Bombay plague: being a history of the progress of plague in the Bombay presidency from September 1896 to June 1899
Year: 1896
Disease focus: Plague
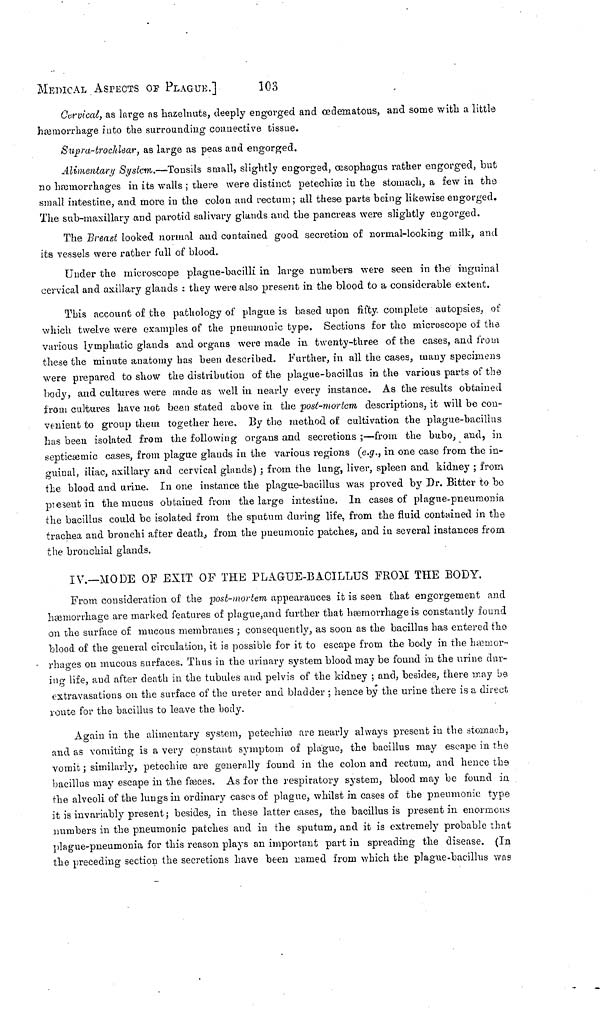
MEDICAL ASPECTS OF PLAGUE.]
103
Curvícal, as large as hazelnuts, deeply engorged and œdematous, and some with a little
hæmorrhage into the surrounding connective tissue.
Supra-trochlear, as large as peas and engorged.
Alimentary System.—Tonsils small, slightly engorged, œsophagus rather engorged, but
no hæmorrhages in its Avails ; there were distinct petechise in the stomach, a few in the
small intestine, and more in the colon and rectum; all these parts being likewise engorged.
The sub-maxillary and parotid salivary glands and the pancreas were slightly engorged.
The Breast looked normal and contained good secretion of normal-looking milk, and
its vessels were rather full of blood.
Under the microscope plague-bacilli in large numbers were seen in the inguinal
cervical and axillary glands : they were also present in the blood to a considerable extent.
This account of the pathology of plague is based upon fifty, complete autopsies, of
which twelve were examples of the pneumonic type. Sections for the microscope oí the
various lymphatic glands and organs were made in twenty-three of the cases, and from
these the minute anatomy has been described. Further, in all the cases, many specimens
were prepared to show the distribution of the plague-bacillus in the various parts of the
body, and cultures were made as well in nearly every instance. As the results obtained
from cultures have not been stated above in. the post-mortem descriptions, it will be con-
venient to group them together here. By the method of cultivation the plague-bacillus
has been isolated from the following organs and secretions ;—from the bubo, and, in
septicæmic cases, from plague glands in the various regions (e.g., in one case from the in-
guinal, iliac, axillary and cervical glands) ; from the lung, liver, spleen and kidney ; from
the blood and urine. In one instance the plague-bacillus was proved by Dr. Bitter to be
present in the mucus obtained from the large intestine. In cases of plague-pneumonia
the bacillus could be isolated from the sputum during life, from the fluid contained in the
trachea and bronchi after death, from the pneumonic patches, and in several instances from
the bronchial glands.
IV.—MODE OF EXIT OF THE PLAGUE-BACILLUS FROH THE BODY.
From consideration of the post-mortem appearances it is seen that engorgement and
hæmorrhage are marked features of plague, and further that hæmorrhage is constantly found
on the surface of mucous membranes ; consequently, as soon as the bacillus has entered the
blood of the general circulation, it is possible for it to escape from the body in the hæmor-
rhages on mucous surfaces. Thus in the urinary system blood may be found in the urine dar-
ing life, and after death in the tubules and pelvis of the kidney ; and, besides, there may be
extravasations on the surface of the ureter and bladder ; hence by the urine there is a direct
route for the bacillus to leave the body.
Again in the alimentary system, peteuhito are nearly always present in the stomach,
and as vomiting is a very constant symptom of plague, the bacillus may escape in the
vomit ; similarly, petechiœ are generally found in the colon and rectum, and hence the
bacillus may escape in the fæces. As for the respiratory system, blood may be found in
the alveoli of the lungs in ordinary cases of plague, whilst in cases of the pneumonic type
it is invariably present ; besides, in these latter cases, the bacillus is present in enormous
numbers in the pneumonic patches and in the sputum, and it is extremely probable that
plague-pneumonia for this reason plays an important part in spreading the disease. (In
the preceding section the secretions have been named from which the plague-bacillus was